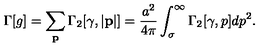
\Gamma [ g ] = \sum _ { \bf p } \Gamma _ { 2 } [ \gamma , | { \bf p } | ] = { \frac { a ^ { 2 } } { 4 \pi } } \int _ { \sigma } ^ { \infty } \Gamma _ { 2 } [ \gamma , p ] d p ^ { 2 } .